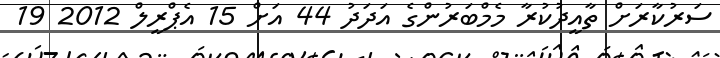
ސަރުކާރަށް ތާއީދުކުރާ މެމްބަރުންގެ އަދަދު 44 އަށް 15 އެޕްރީލް 2012 19